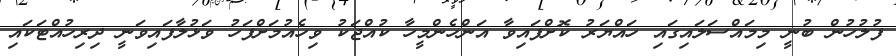
ފުލުހުން ބުނީ މިމައްސަލައިގައި ހައްޔަރު ކޮށްފައިވާ އަންހެންމީހާ ކުއްޖަކު ވިހެއުމަށްފަހު ވަޅުލާފައިވަނީ ދިރިހުއްޓަކައި